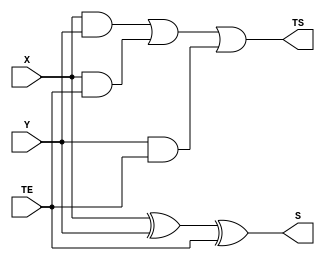
module somador_1bit(X,Y, TE, S, TS);

input X,Y,TE; //entradas de controle(X e Y so 1bit cada)e o transporte de entrada

output S,TS; // sinais intermediarios (S   a resposta soma e TS o trasporte de saida quando houver excesso de bit)
wire [3:0]E; //sinal intermediario de saida que ir para a proxima casa binaria

assign S = ((X)^(Y)^(TE)); // expresso booleana para a a soma
assign TS = ((X&Y)|(X&TE)|(Y&TE)); //expresso booleana para o TS

//expresses para cada bit que ser mostrada no dislay de 7 segmentos
  assign E[3] = 0;
  assign E[2] = 0;
  assign E[1] = TS;
  assign E[0] = S;
  
//expresso para chamar o decodificador e mostrar o resultado


endmodule